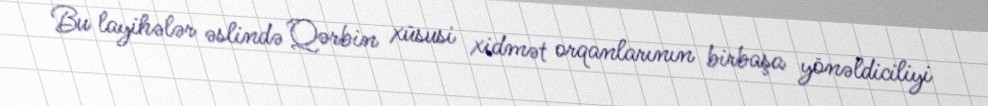
Bu layihələr əslində Qərbin xüsusi xidmət orqanlarının birbaşa yönəldiciliyi